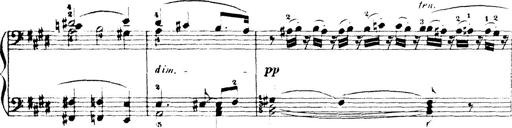
Title: Wagner-Liszt Album
Composer: Franz Liszt